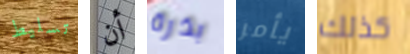
تسليط أن بذرة يأمر كذلك